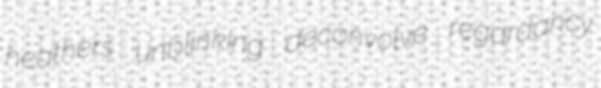
heathers unblinking deconvolve regardancy